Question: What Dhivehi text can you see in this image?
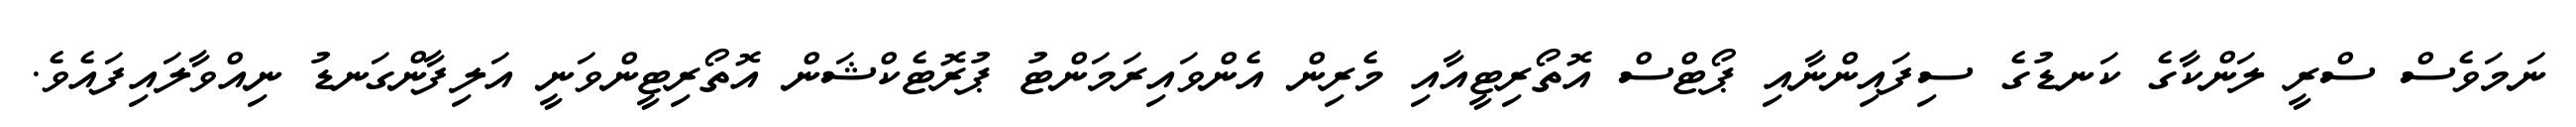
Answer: ނަމަވެސް ސްރީ ލަންކާގެ ކަނޑުގެ ސިފައިންނާއި ޕޯޓްސް އޮތޯރިޓީއާއި މެރިން އެންވައިރަމަންޓު ޕުރޮޓެކްޝަން އޮތޯރިޓީންވަނީ އަލިފާންގަނޑު ނިއްވާލައިފައެވެ.